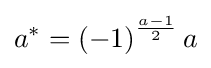
a^{*}=\left(-1\right)^{\frac {a-1}{2}}a